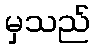
မှသည်